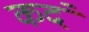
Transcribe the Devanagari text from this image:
कदं